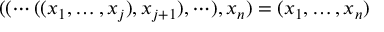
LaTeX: ( ( \cdots ( ( x _ { 1 } , \dots , x _ { j } ) , x _ { j + 1 } ) , \cdots ) , x _ { n } ) = ( x _ { 1 } , \dots , x _ { n } )